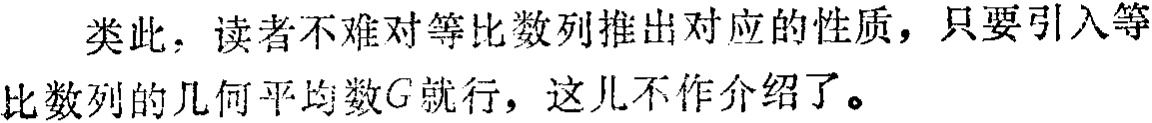
类此，读者不难对等比数列推出对应的性质，只要引入等比数列的几何平均数\(G\)就行，这儿不作介绍了。